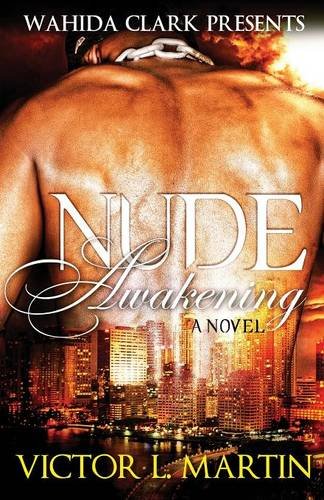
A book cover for Nude Awakening (Wahida Clark Presents); Victor L. Martin; Romance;